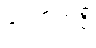
ပေကထဉှိ